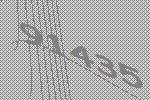
91435